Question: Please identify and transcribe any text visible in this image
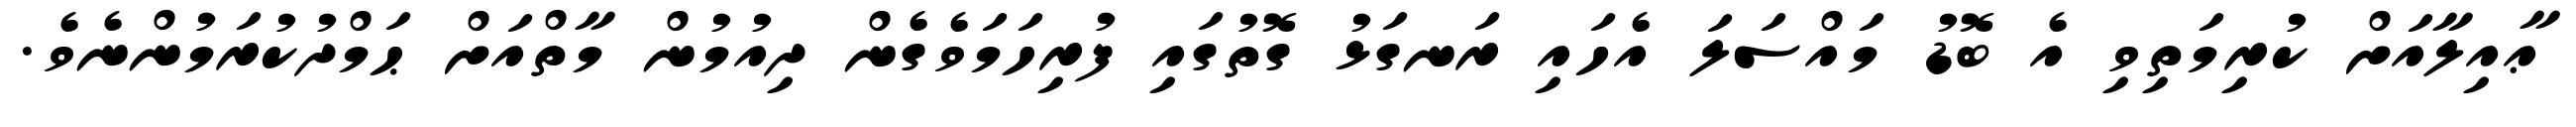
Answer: ޢާއިލާއަށް ކުރިމަތިވި އެ ބޮޑު މައްސަލަ އެހައި ރަނގަޅު ގޮތުގައި ފުރިހަމަވެގެން ދިއުމުން މާތްއަށް ޙަމްދުކުރަމުންނެވެ.